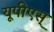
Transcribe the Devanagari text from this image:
यूपीएस्